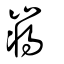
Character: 嶈